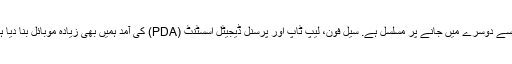
دنیا میں ان دنوں بہت تیزی سے چلتا ہے، اور اس کے نتیجے کے طور پر، جدید انسانی ایک جگہ سے دوسرے میں جانے پر مسلسل ہے. سیل فون، لیپ ٹاپ اور پرسنل ڈیجیٹل اسسٹنٹ (PDA) کی آمد ہمیں بھی زیادہ موبائل بنا دیا ہے. ٹیکنالوجی کا بہت بہت سے لوگ اب thei لے سکتا ہے کہ پیش قدمی کی ہے ...مزید پڑھیں »